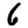
Digit: 6